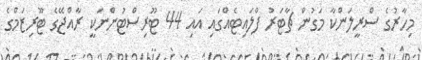
މިހާރުގެ ސްރީލަންކާ މަގުން ޗާޓަރު ފްލައިޓެއްގައި އައި 44 ޓޫރިސްޓުންނަކީ ރާއްޖޭގެ ޓޫރިޒަމްގެ